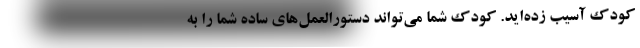
کودک آسیب زده‌اید. کودک شما می‌تواند دستورالعمل‌های ساده شما را به